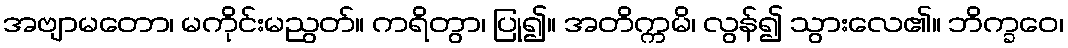
အဗျာမတော၊ မကိုင်းမညွတ်။ ကရိတွာ၊ ပြု၍။ အတိက္ကမိ၊ လွန်၍ သွားလေ၏။ ဘိက္ခဝေ၊